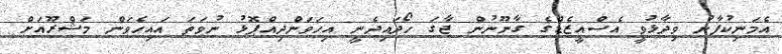
އެމަނިކުފާނު ވިދާޅުވީ އެސްއީޒެޑްގެ ގާނޫނުން ޖާގަ ހޯދައިދެނީ އިހަވަންދިއްޕޮޅު ނުވަތަ އައިހެވަން މަޝްރޫއަށް